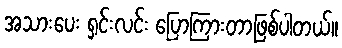
အသားပေး ရှင်းလင်း ပြောကြားတာဖြစ်ပါတယ်။